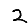
Digit: 2